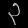
Digit: ၃